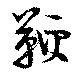
鞭